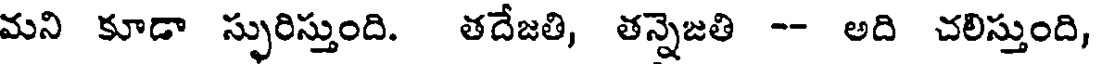
మని కూడా స్ఫురిస్తుంది. తదేజతి, తన్నెజతి -- అది చలిస్తుంది,